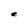
Character: e